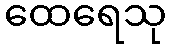
ထေရေသု